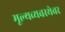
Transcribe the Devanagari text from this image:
मूल्यव्यवस्थेवर